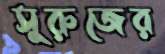
সুরুজের